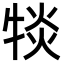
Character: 𪺯